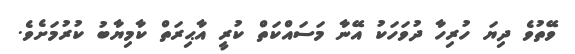
ވޭތުވެ ދިޔަ ހުރިހާ ދުވަހަކު އޭނާ މަސައްކަތް ކުރީ އާޙިރަތް ކާމިޔާބު ކުރުމަށެވެ.